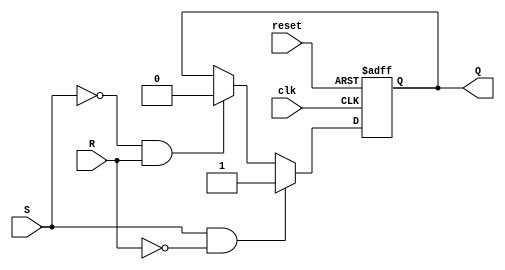
module sr_flip_flop (
    input wire clk,
    input wire reset,
    input wire S,
    input wire R,
    output reg Q
);

always @(posedge clk or posedge reset) begin
    if (reset)
        Q <= 0;
    else if (S && !R)
        Q <= 1;
    else if (!S && R)
        Q <= 0;
end

endmodule